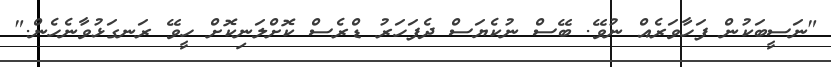
"ނަސީބަކުން ފަހާވަރެއް ނުވޭ. ބޭސް ނުކެޔަސް ދެފަހަރު ޑްރެސް ކޮށްލަނިކޮށް ހީވޭ ރަނގަޅުވާނެހެން."